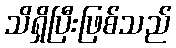
သိရှိပြီးဖြစ်သည်